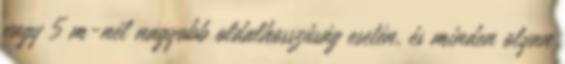
vagy 5 m-nél nagyobb oldalhosszúság esetén, és minden olyan